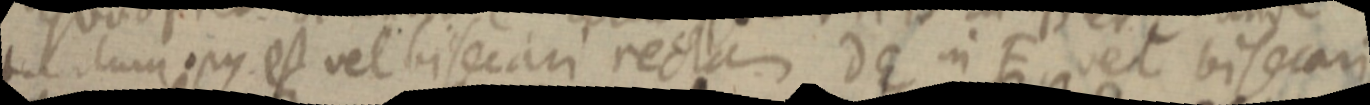
tantum opus est vel bisecari rectam dE in F vel bisecari